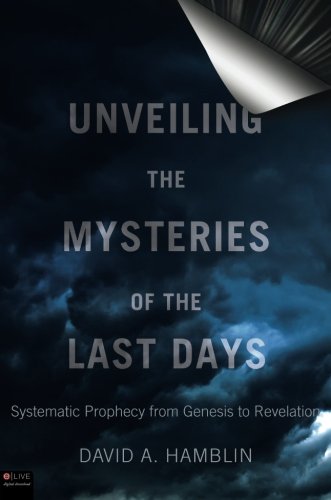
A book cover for Unveiling the Mysteries of the Last Days; David A. Hamblin; Christian Books & Bibles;